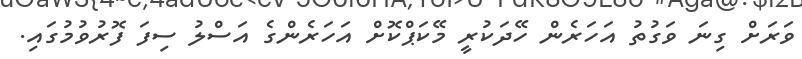
ވަރަށް ގިނަ ވަގުތު އަހަރެން ހޭދަކުރީ މޭކަޕްކޮށް އަހަރެންގެ އަސްލު ސިފަ ފޮރުވުމުގައި.